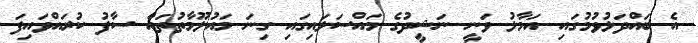
އެ ބައްދަލުވުމުގައި އަމާލު ވަނީ ނަޝީދުގެ މައްސަލައިގައި ގިނަ މައުލޫމާތުތައް ސާފު ކުރައްވައިފަ